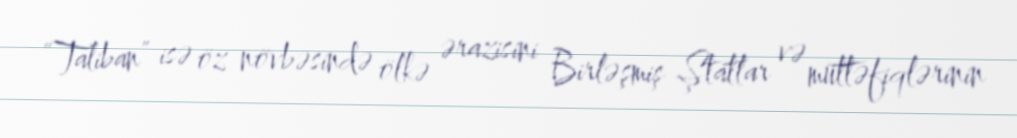
“Taliban” isə öz növbəsində ölkə ərazisini Birləşmiş Ştatlar və müttəfiqlərinin